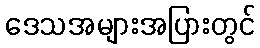
ဒေသအများအပြားတွင်